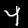
Digit: 4